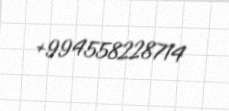
+994558228714